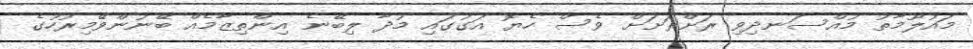
މައުލޫމާތު މުއްސަނދިވި ރަށްރަށަށް ވެސް ހެޔޮ އަގުގައި މުދާ ލިބޭނެ އިންތިޒާމެއް ބޭނުންވޭމިރުހުގެ